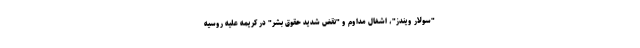
"سولار ویندز"، اشغال مداوم و "نقض شدید حقوق بشر" در کریمه علیه روسیه